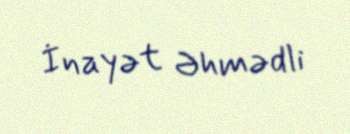
İnayət Əhmədli